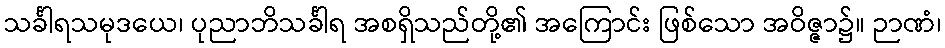
သင်္ခါရသမုဒယေ၊ ပုညာဘိသင်္ခါရ အစရှိသည်တို့၏ အကြောင်း ဖြစ်သော အဝိဇ္ဇာ၌။ ဉာဏံ၊